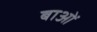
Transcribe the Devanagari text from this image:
बाओं